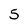
Character: 5